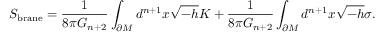
S _ { \mathrm { b r a n e } } = \frac { 1 } { 8 \pi G _ { n + 2 } } \int _ { \partial M } d ^ { n + 1 } x \sqrt { - h } K + \frac { 1 } { 8 \pi G _ { n + 2 } } \int _ { \partial M } d ^ { n + 1 } x \sqrt { - h } \sigma .